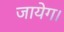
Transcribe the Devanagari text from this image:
जायेग।